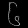
Digit: ၆